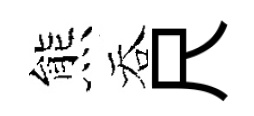
熊吞尺